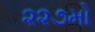
૨૨૭મો